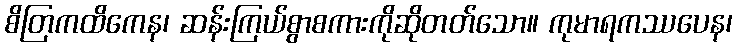
စိတြကထိကေန၊ ဆန်းကြယ်စွာစကားကိုဆိုတတ်သော။ ကုမာရကဿပေန၊